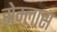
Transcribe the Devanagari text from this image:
सेम्लास